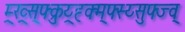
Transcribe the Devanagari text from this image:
म्र्ख्र्स्फ्क्रुय्र्ह्क्म्फ्स्य्सुफ्ज्व्